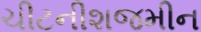
ચીટનીશજમીન